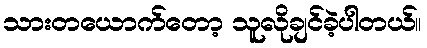
သားတယောက်တော့ သူလိုချင်ခဲ့ပါတယ်။